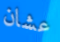
عشان